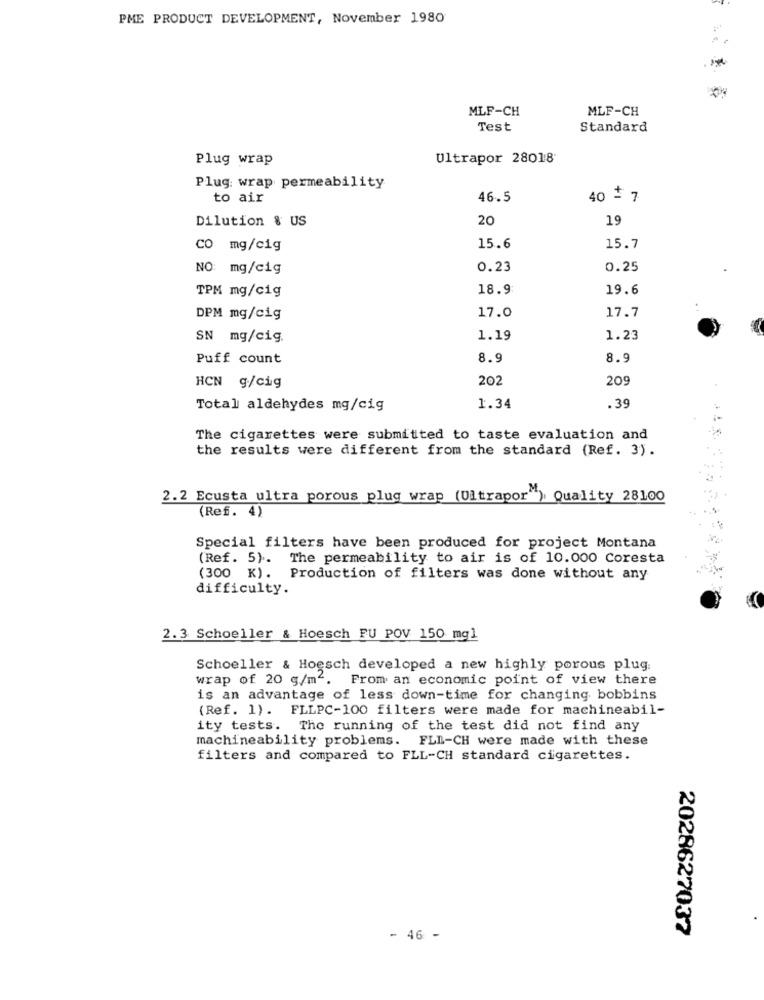
PME PRODUCT DEVELOPMENT, November 1980
MLF-CH
MLF-CH
Test
Standard
Plug wrap
Ultrapor 28018
Plug: wrap permeability
to air
46.5
40 = 7
Dilution & US
20
19
CO mg/cig
15.6
15.7
NO: mg/cig
0.23
0.25
TPM mg/cig
18.9
19.6
DPM mg/cig
17.0
17.7
SN mg/cig.
1.19
1.23
Puff count
8.9
8.9
202
209
HCN g/cig
Total aldehydes mg/cig
1.34
.39
The cigarettes were submitted to taste evaluation and
the results were different from the standard (Ref. 3).
2.2 Ecusta ultra porous plug wrap (Ultrapor") Quality 28100
(Ref. 4)
Special filters have been produced for project Montana
(Ref. 5). The permeability to air is of 10.000 Coresta
(300 K). Production of filters was done without any
difficulty.
2.3 Schoeller & Hoesch FU POV 150 mgl
Schoeller & Hoesch developed a new highly porous plug.
wrap of 20 g/m2. From an economic point of view there
is an advantage of less down-time for changing bobbins
(Ref. 1). FLLPC-100 filters were made for machineabil-
ity tests. The running of the test did not find any
machineability problems. FLL-CH were made with these
filters and compared to FLL-CH standard cigarettes.
2028627037
- 46 -